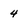
Character: 4